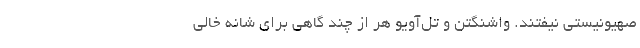
صهیونیستی نیفتند. واشنگتن و تل‌آویو هر از چند گاهی برای شانه خالی